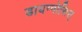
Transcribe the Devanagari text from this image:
डायग्नोसिस्